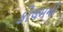
કોલમની